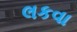
લકવા